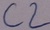
Text: C2